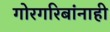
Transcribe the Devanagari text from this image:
गोरगरिबांनाही